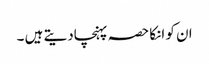
ان کو انکا حصہ پہنچادیتے ہیں ۔